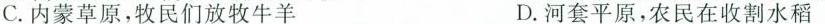
C.内蒙草原，牧民们放牧牛羊 D.河套平原，农民在收割水稻